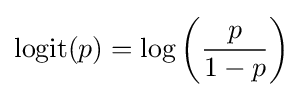
\operatorname {logit} (p)=\log \left({\frac {p}{1-p}}\right)